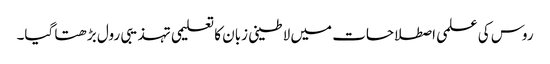
روس کی علمی اصطلاحات میں لاطینی زبان کا تعلیمی تہذیبی رول بڑھتا گیا۔